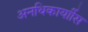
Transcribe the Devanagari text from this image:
अनधिकार्याीस